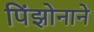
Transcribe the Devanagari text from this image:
पिंझोनाने